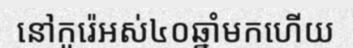
នៅកូរ៉េអស់៤០ឆ្នាំមកហើយ